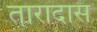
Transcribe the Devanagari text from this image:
तारादास